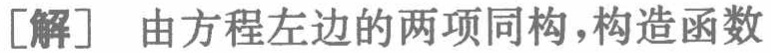
[解] 由方程左边的两项同构,构造函数